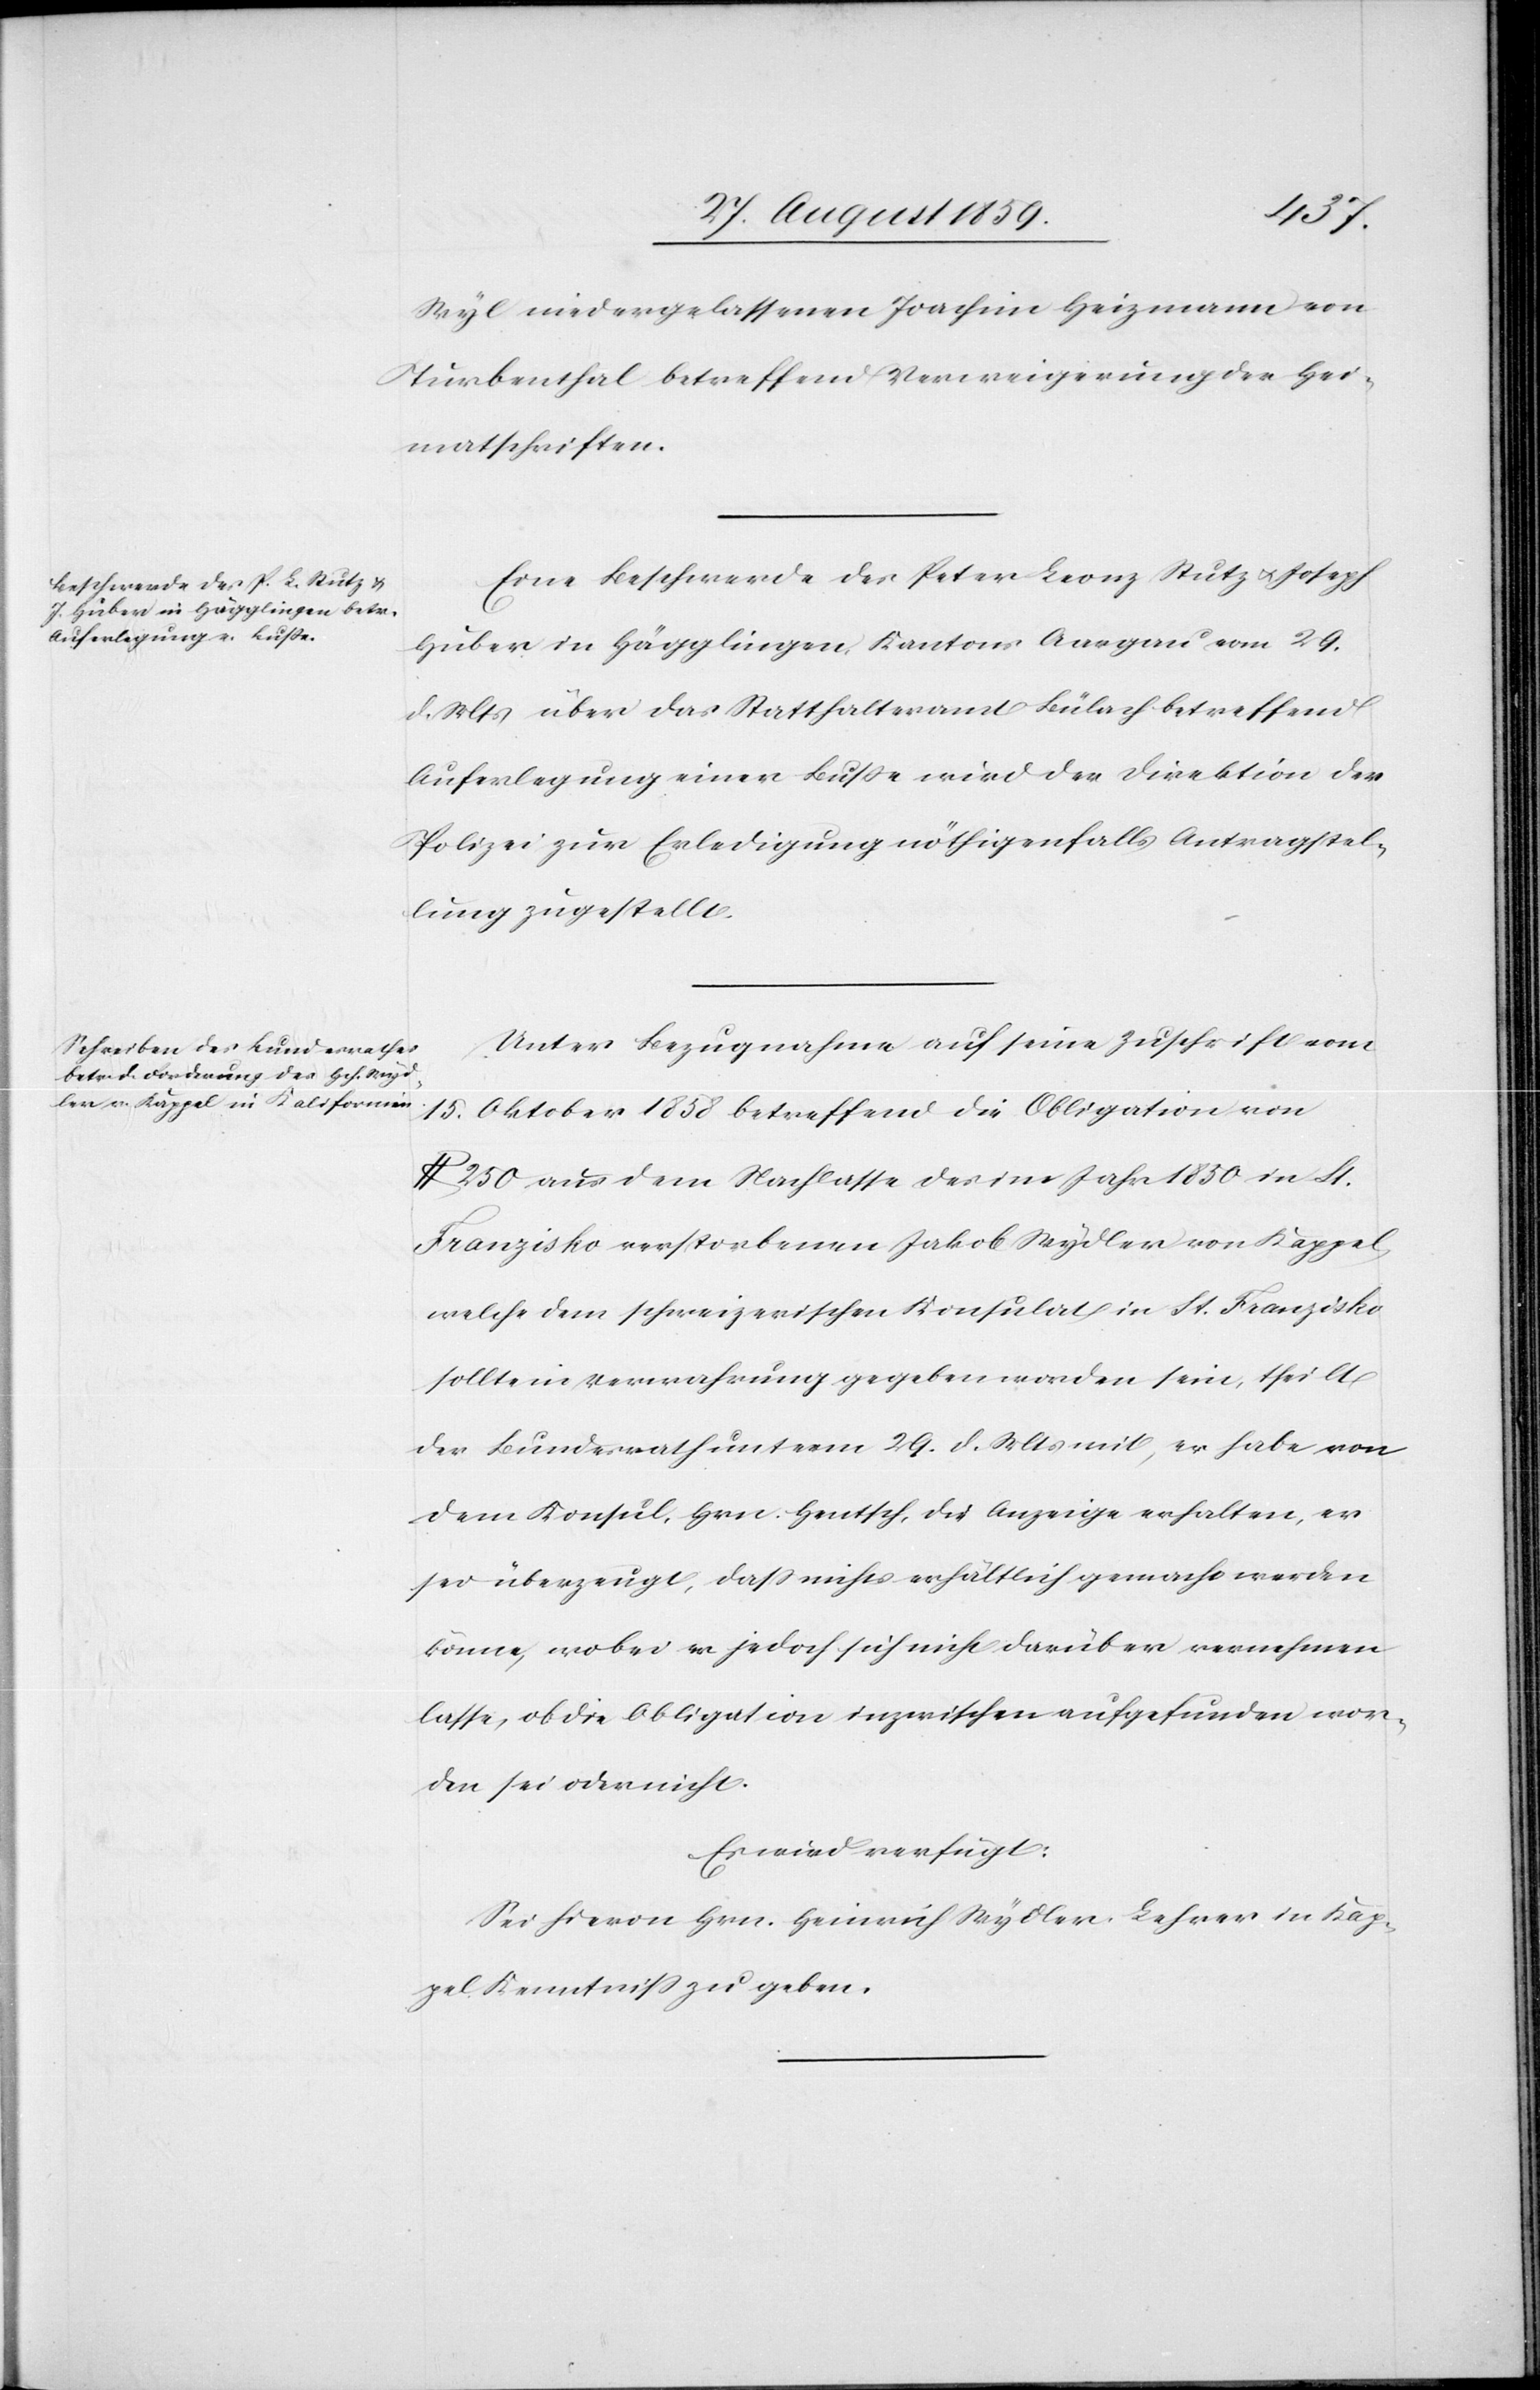
den
31. August 1859.]
Wyl niedergelassenen Joachim Heizmann von
Turbenthal betreffend Verweigerung der Hei¬
matschriften.
Eine Beschwerde des Peter Leonz Stutz & Joseph
Huber in Hägglingen Kantons Aargau vom 29.
d. Mts. über das Statthalteramt Bülach betreffend
Auferleugn einer Buße wird der Direktion der
Polizei zur Erledigung nöthigenfalls Antragstel¬
lung zugestellt.
Unter Bezugnahme auf seine Zuschrift vom
15. Oktober 1858 betreffend die Obligation von
$ 250 aus dem Nachlasse des im Jahr 1850 in St.
Franzisko verstorbenen Jakob Wydler von Kappel,
welche dem schweizerischen Konsulat in St. Franzisko
sollte in Verwahrung gegeben worden sein, theilt
der Bundesrath unterm 29. d. Mts. mit, er habe von
dem Konsul, Hrn. Hentsch, die Anzeige erhalten, er
sei überzeugt, daß nichts erhältlich gemacht werden
könne, wobei er jedoch sich nicht darüber vernehmen
lasse, ob die Obligation inzwischen aufgefunden wor¬
den sei oder nicht.
Es wird verfügt:
Sei hievon Hrn. Heinrich Wydler, Lehrer in Kap¬
pel Kenntniß zu geben.